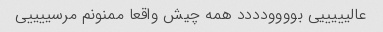
عالیییییی بوووودددد همه چیش واقعا ممنونم مرسییییی